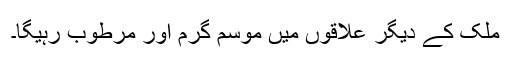
ملک کے دیگر علاقوں میں موسم گرم اور مرطوب رہیگا۔